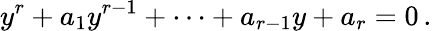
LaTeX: y^{r}+a_{1}y^{r-1}+\cdots+a_{r-1}y+a_{r}=0\, .